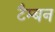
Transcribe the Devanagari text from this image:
टैम्बन